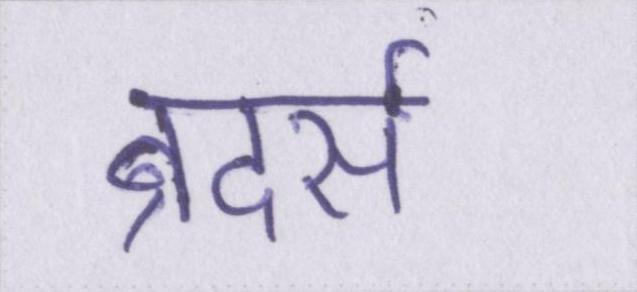
ब्रदर्स